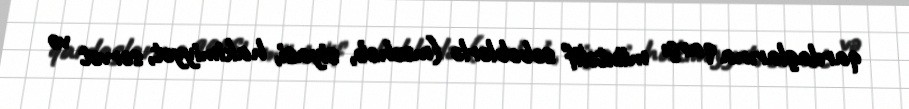
qardaşlarına qarşı müxtəlif səbəblərlə (məzhəb, siyasi, hakimiyyət, sərvət və